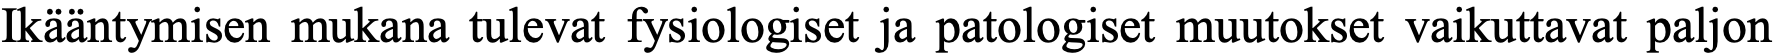
Ikääntymisen mukana tulevat fysiologiset ja patologiset muutokset vaikuttavat paljon